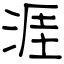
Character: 涯